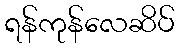
ရန်ကုန်လေဆိပ်